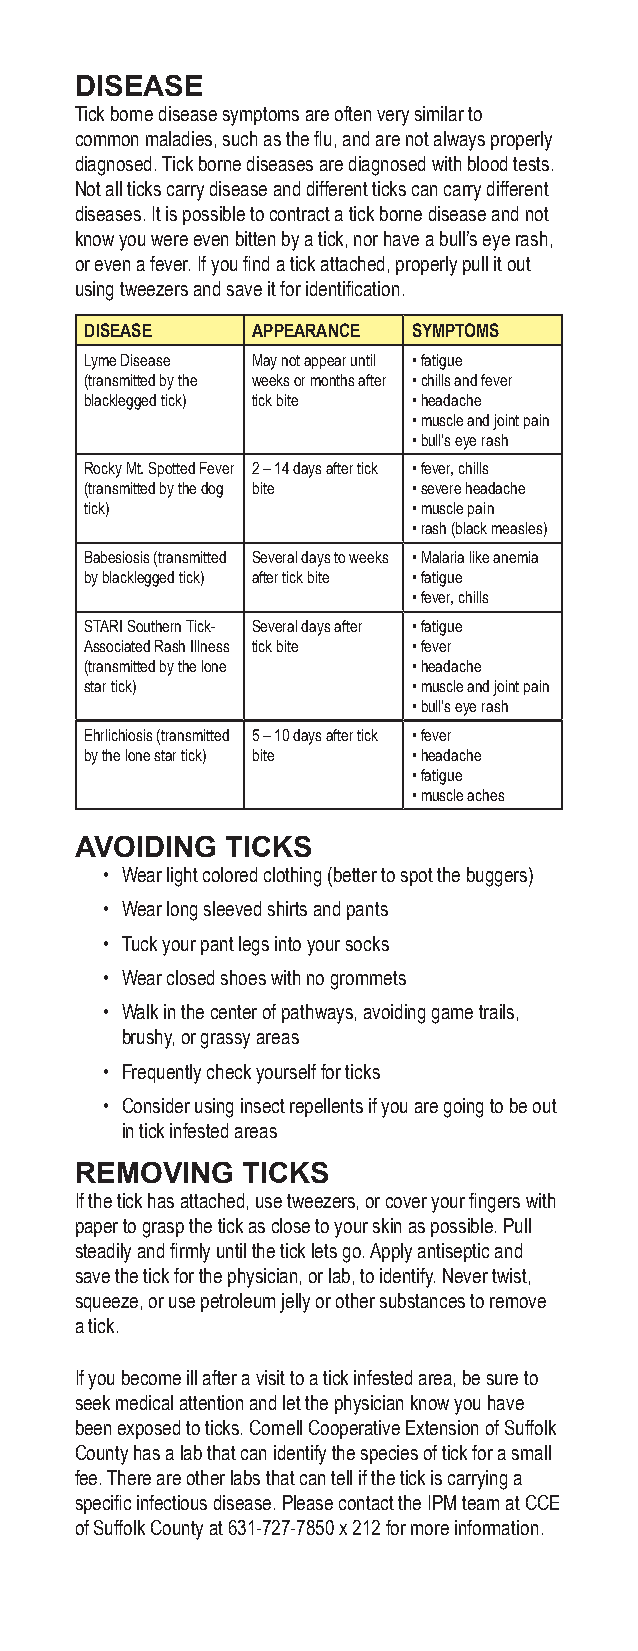
DISEASE
 Tick borne disease symptoms are often very similar to
 common maladies, such as the flu, and are not always properly
 diagnosed. Tick borne diseases are diagnosed with blood tests.
 Not all ticks carry disease and different ticks can carry different
 diseases. It is possible to contract a tick borne disease and not
 know you were even bitten by a tick, nor have a bull’s eye rash,
 or even a fever. If you find a tick attached, properly pull it out
 using tweezers and save it for identification.
 DISEASE    APPEARANCE SYMPTOMS
 Lyme Disease May not appear until • fatigue
 (transmitted by the weeks or months after • chills and fever
 blacklegged tick) tick bite • headache
 • muscle and joint pain
 • bull’s eye rash
 Rocky Mt. Spotted Fever 2 – 14 days after tick • fever, chills
 (transmitted by the dog bite • severe headache
 tick)                • muscle pain
 • rash (black measles)
 Babesiosis (transmitted Several days to weeks • Malaria like anemia
 by blacklegged tick) after tick bite • fatigue
 • fever, chills
 STARI Southern Tick- Several days after • fatigue
 Associated Rash Illness tick bite • fever
 (transmitted by the lone • headache
 star tick)           • muscle and joint pain
 • bull’s eye rash
 Ehrlichiosis (transmitted 5 – 10 days after tick • fever
 by the lone star tick) bite • headache
 • fatigue
 • muscle aches
 AVOIDING  TICKS
 • Wear light colored clothing (better to spot the buggers)
 • Wear long sleeved shirts and pants
 • Tuck your pant legs into your socks
 • Wear closed shoes with no grommets
 • Walk in the center of pathways, avoiding game trails,
 brushy, or grassy areas
 • Frequently check yourself for ticks
 • Consider using insect repellents if you are going to be out
 in tick infested areas
 REMOVING   TICKS
 If the tick has attached, use tweezers, or cover your fingers with
 paper to grasp the tick as close to your skin as possible. Pull
 steadily and firmly until the tick lets go. Apply antiseptic and
 save the tick for the physician, or lab, to identify. Never twist,
 squeeze, or use petroleum jelly or other substances to remove
 a tick.
 If you become ill after a visit to a tick infested area, be sure to
 seek medical attention and let the physician know you have
 been exposed to ticks. Cornell Cooperative Extension of Suffolk
 County has a lab that can identify the species of tick for a small
 fee. There are other labs that can tell if the tick is carrying a
 specific infectious disease. Please contact the IPM team at CCE
 of Suffolk County at 631-727-7850 x 212 for more information.